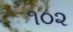
૧૦૨